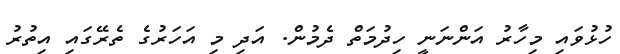
ހުޅުވައި މިހާރު އަންނަނީ ހިދުމަތް ދެމުން. އަދި މި އަހަރުގެ ތެރޭގައި އިތުރު